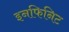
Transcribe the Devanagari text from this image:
इनफिनिट